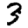
Digit: 3